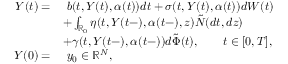
\begin{array} { r l } { Y ( t ) = } & { \ b ( t , Y ( t ) , \alpha ( t ) ) d t + \sigma ( t , Y ( t ) , \alpha ( t ) ) d W ( t ) } \\ & { + \int _ { \mathbb { R } _ { 0 } } \eta ( t , Y ( t - ) , \alpha ( t - ) , z ) \tilde { N } ( d t , d z ) } \\ & { + \gamma ( t , Y ( t - ) , \alpha ( t - ) ) d \tilde { \Phi } ( t ) , \qquad t \in [ 0 , T ] , } \\ { Y ( 0 ) = } & { \ y _ { 0 } \in \mathbb { R } ^ { N } , } \end{array}